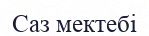
Саз мектебі